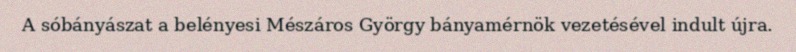
A sóbányászat a belényesi Mészáros György bányamérnök vezetésével indult újra.